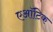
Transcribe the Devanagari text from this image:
एऑटिक